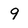
Character: 9